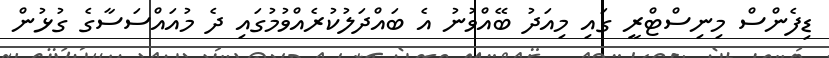
ޑިފެންސް މިނިސްޓްރީ ގައި މިއަދު ބޭއްވުނު އެ ބައްދަލުކުރެއްވުމުގައި ދެ މުއައްސަސާގެ ގުޅުން